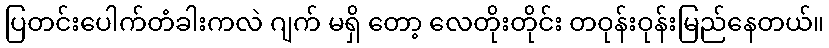
ပြတင်းပေါက်တံခါးကလဲ ဂျက် မရှိ တော့ လေတိုးတိုင်း တဝုန်းဝုန်းမြည်နေတယ်။